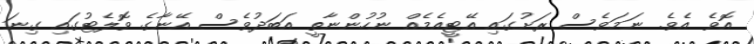
އޮވެ އެވެ. ނަމަވެސް ރަށުގައި އޭޓީއެމެއް ނުހުންނާތީ އަބަދުވެސް އޭނާގެ ވޮލެޓުގައި ގިނަ